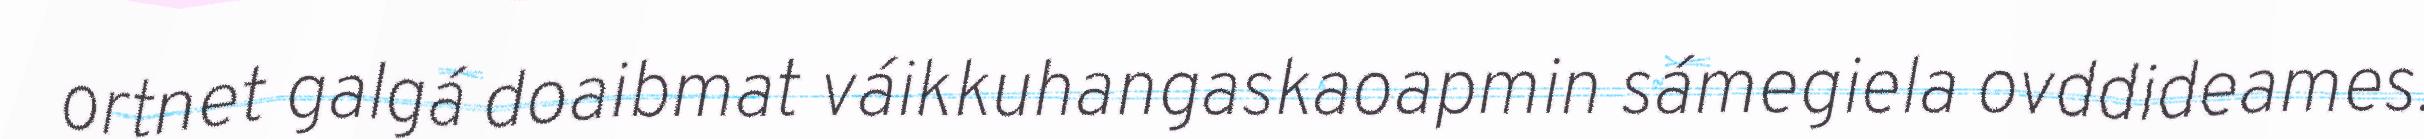
ortnet galgá doaibmat váikkuhangaskaoapmin sámegiela ovddideames.